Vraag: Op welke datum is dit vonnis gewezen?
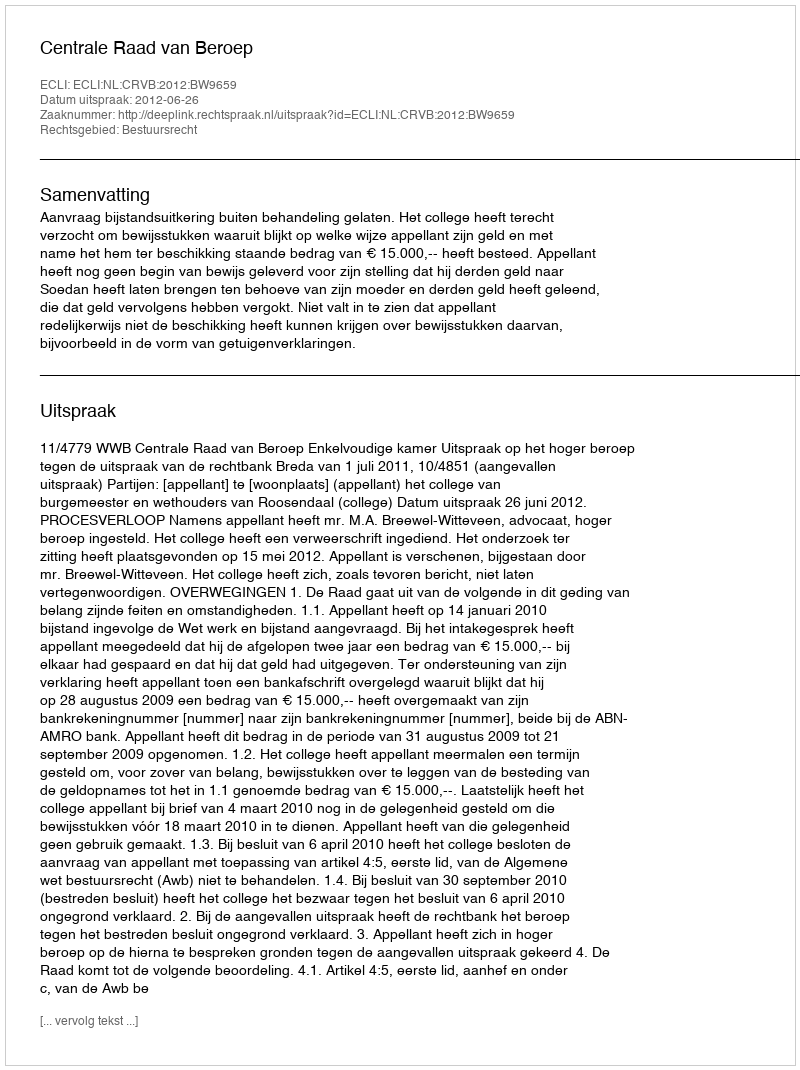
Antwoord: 2012-06-26